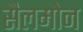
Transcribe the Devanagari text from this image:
सैलमोन